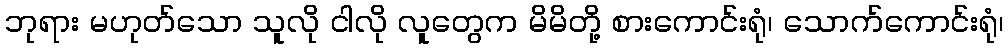
ဘုရား မဟုတ်သော သူလို ငါလို လူတွေက မိမိတို့ စားကောင်းရုံ၊ သောက်ကောင်းရုံ၊